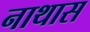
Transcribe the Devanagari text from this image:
नाथास